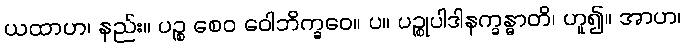
ယထာဟ၊ နည်း။ ပဉ္စ စေဝ ဝေါဘိက္ခဝေ။ ပ။ ပဉ္စုပါဒါနက္ခန္ဓာတိ၊ ဟူ၍။ အာဟ၊